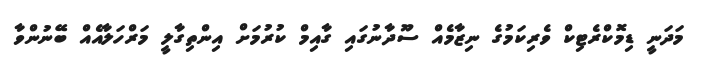
މަދަނީ ޑިމޮކްރެޓިކް ވެރިކަމުގެ ނިޒާމެއް ސޫދާނުގައި ގާއިމް ކުރުމަށް އިންތިގާލީ މަރްހަލާއެއް ބޭނުންވާ